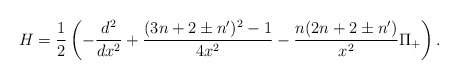
\begin{align*}H=\frac{1}{2}\left(-\frac{d^2}{dx^2}+\frac{(3n+2\pm n')^2-1}{4x^2}- \frac{n(2n+2\pm n')}{x^2}\Pi_+\right).\end{align*}